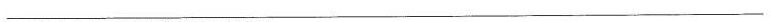
___